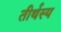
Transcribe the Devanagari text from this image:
तीर्थस्य